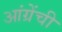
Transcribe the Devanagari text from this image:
आंग्रेंची